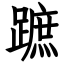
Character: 蹠